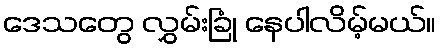
ဒေသတွေ လွှမ်းခြုံ နေပါလိမ့်မယ်။